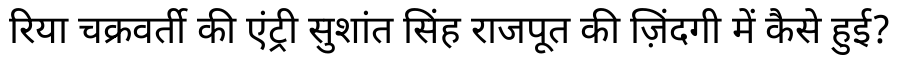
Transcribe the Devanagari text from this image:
रिया चक्रवर्ती की एंट्री सुशांत सिंह राजपूत की ज़िंदगी में कैसे हुई?